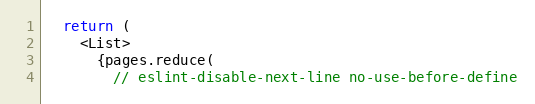
Language: JavaScript
  return (
    <List>
      {pages.reduce(
        // eslint-disable-next-line no-use-before-define